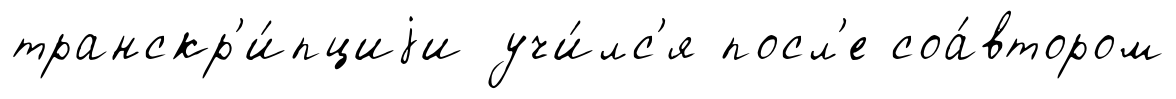
транскр'и́пциjи учи́лс'я посл'е соа́втором